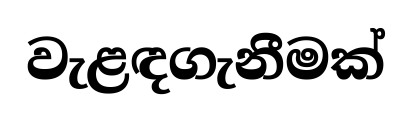
වැළඳගැනීමක්